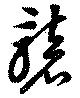
礱